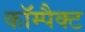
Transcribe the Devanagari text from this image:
काॅम्पैक्ट